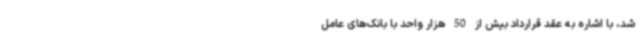
شد، با اشاره به عقد قرارداد بیش از 50 هزار واحد با بانک‌های عامل